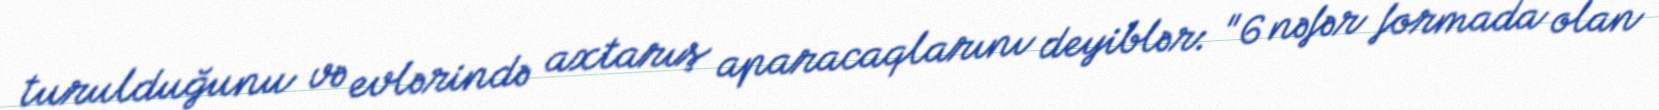
turulduğunu və evlərində axtarış aparacaqlarını deyiblər: "6 nəfər formada olan